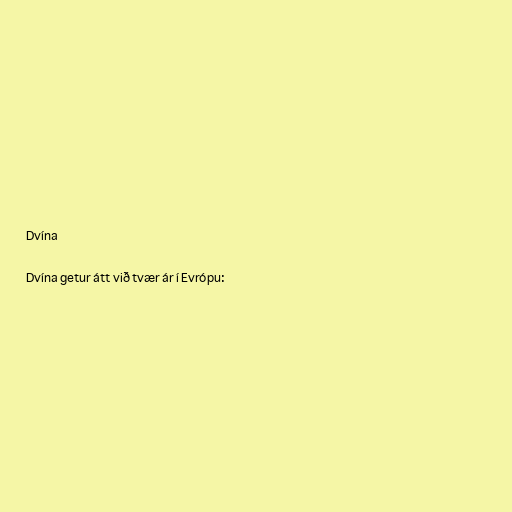
Dvína

Dvína getur átt við tvær ár í Evrópu: